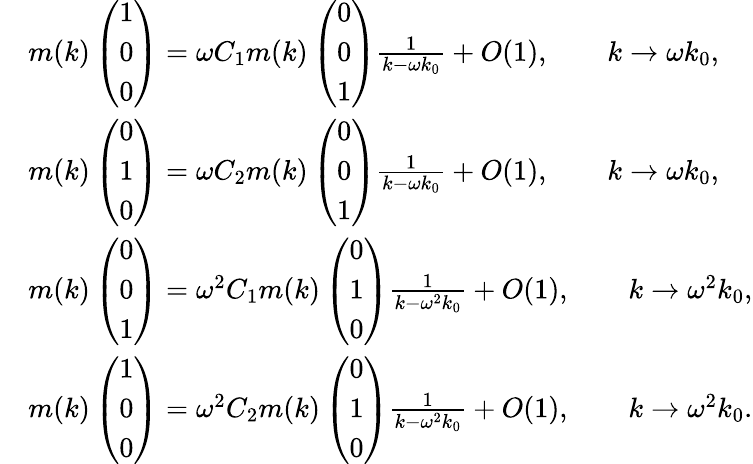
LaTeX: \begin{array}{rl}&{m(k)\left(\begin{array}{l}{1}\\ {0}\\ {0}\end{array}\right)=\omega C_{1}m(k)\left(\begin{array}{l}{0}\\ {0}\\ {1}\end{array}\right)\frac{1}{k-\omega k_{0}}+O(1),\qquad k\to\omega k_{0},}\\ &{m(k)\left(\begin{array}{l}{0}\\ {1}\\ {0}\end{array}\right)=\omega C_{2}m(k)\left(\begin{array}{l}{0}\\ {0}\\ {1}\end{array}\right)\frac{1}{k-\omega k_{0}}+O(1),\qquad k\to\omega k_{0},}\\ &{m(k)\left(\begin{array}{l}{0}\\ {0}\\ {1}\end{array}\right)=\omega^{2}C_{1}m(k)\left(\begin{array}{l}{0}\\ {1}\\ {0}\end{array}\right)\frac{1}{k-\omega^{2}k_{0}}+O(1),\qquad k\to\omega^{2}k_{0},}\\ &{m(k)\left(\begin{array}{l}{1}\\ {0}\\ {0}\end{array}\right)=\omega^{2}C_{2}m(k)\left(\begin{array}{l}{0}\\ {1}\\ {0}\end{array}\right)\frac{1}{k-\omega^{2}k_{0}}+O(1),\qquad k\to\omega^{2}k_{0}.}\end{array}